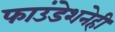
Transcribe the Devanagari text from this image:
फाउंडेशनेही